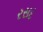
રસદ